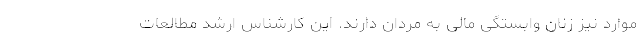
موارد نیز زنان وابستگی مالی به مردان دارند. این کارشناس ارشد مطالعات